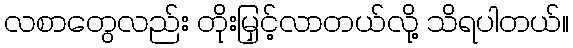
လစာတွေလည်း တိုးမြှင့်လာတယ်လို့ သိရပါတယ်။